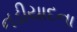
નડીયાદના